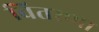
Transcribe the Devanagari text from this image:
वितरणा